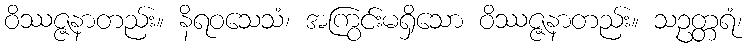
ဝိဿဇ္ဇနာတည်း။ နိရဝသေသံ၊ အကြွင်းမရှိသော ဝိဿဇ္ဇနာတည်း။ သဥတ္တရံ၊